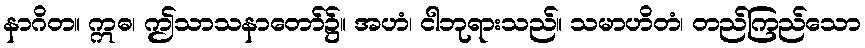
နာဂိတ။ ဣဓ၊ ဤသာသနာတော်၌။ အဟံ၊ ငါဘုရားသည်။ သမာဟိတံ၊ တည်ကြည်သော